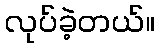
လုပ်ခဲ့တယ်။